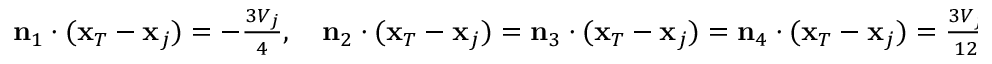
\begin{array} { r } { { \bf n } _ { 1 } \cdot ( { \bf x } _ { T } - { \bf x } _ { j } ) = - \frac { 3 V _ { j } } { 4 } , \quad { \bf n } _ { 2 } \cdot ( { \bf x } _ { T } - { \bf x } _ { j } ) = { \bf n } _ { 3 } \cdot ( { \bf x } _ { T } - { \bf x } _ { j } ) = { \bf n } _ { 4 } \cdot ( { \bf x } _ { T } - { \bf x } _ { j } ) = \frac { 3 V _ { j } } { 1 2 } . } \end{array}